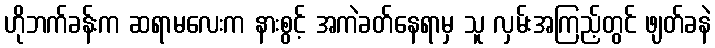
ဟိုဘက်ခန်းက ဆရာမလေးက နားစွင့် အကဲခတ်နေရာမှ သူ လှမ်းအကြည့်တွင် ဖျတ်ခနဲ